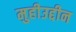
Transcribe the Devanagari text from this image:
मुहीउद्दीन